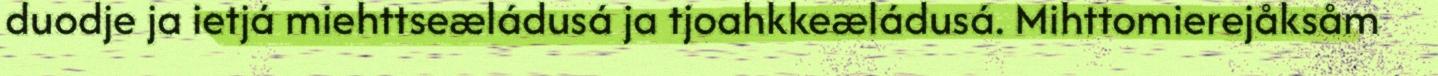
duodje ja ietjá miehttseæládusá ja tjoahkkeæládusá. Mihttomierejåksåm